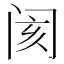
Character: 阂